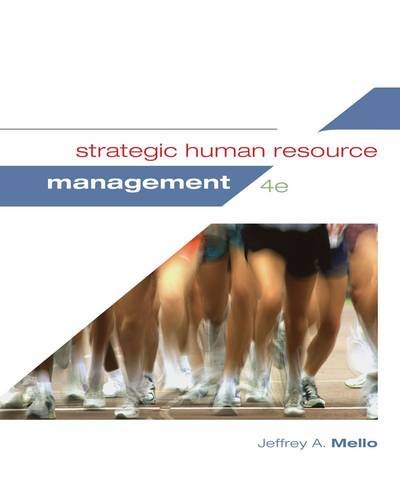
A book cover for Strategic Human Resource Management; Jeffrey A. Mello; Business & Money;